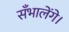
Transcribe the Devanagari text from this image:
सँभालेंगे।